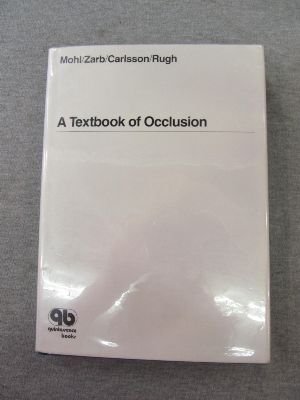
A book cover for A Textbook of Occlusion; Norman D. Mohl; Medical Books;